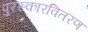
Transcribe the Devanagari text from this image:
पुरस्कारवितरण